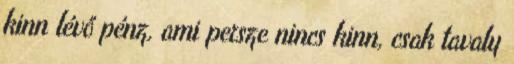
kinn lévő pénz, ami persze nincs kinn, csak tavaly